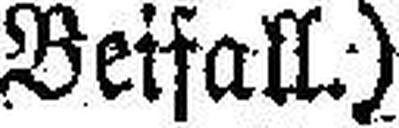
Beifall.)